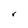
Character: r